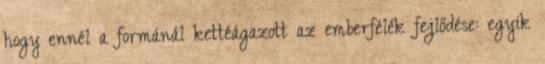
hogy ennél a formánál kettéágazott az emberfélék fejlődése: egyik